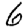
Digit: 6